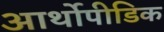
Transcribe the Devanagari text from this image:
आर्थोपीडिक